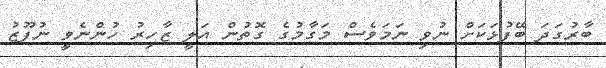
ބާރުގަދަ ބޭފުޅަކަށް ނުވި ނަމަވެސް މަގާމުގެ ގޮތުން އަލީ ޒާހިރު ހުންނެވީ ނުފޫޒު